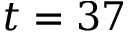
t = 3 7